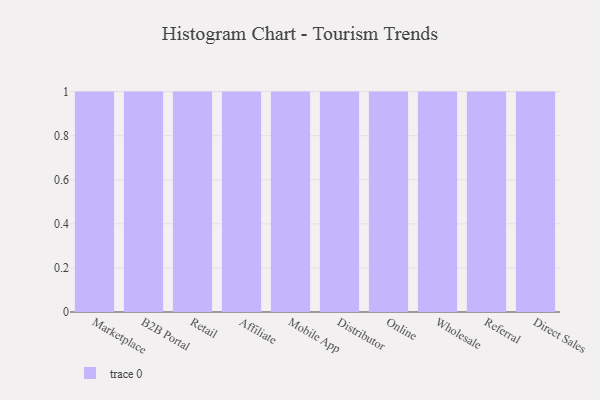
{"axis": {"x": "Channel", "y": "Humidity (%)"}, "legend": [""], "data": [{"x": "Marketplace", "y": 67, "type": ""}, {"x": "B2B Portal", "y": 3, "type": ""}, {"x": "Retail", "y": 64, "type": ""}, {"x": "Affiliate", "y": 78, "type": ""}, {"x": "Mobile App", "y": 85, "type": ""}, {"x": "Distributor", "y": 28, "type": ""}, {"x": "Online", "y": 83, "type": ""}, {"x": "Wholesale", "y": 27, "type": ""}, {"x": "Referral", "y": 32, "type": ""}, {"x": "Direct Sales", "y": 16, "type": ""}]}